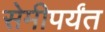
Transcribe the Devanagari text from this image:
सेमीपर्यंत